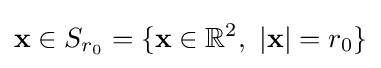
\mathbf {x} \in S_{r_{0}}=\{\mathbf {x} \in \mathbb {R} ^{2},~\vert \mathbf {x} \vert =r_{0}\}